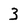
Character: 3